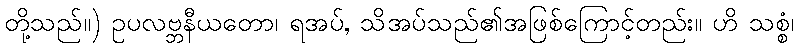
တို့သည်။) ဥပလဗ္ဘနီယတော၊ ရအပ်, သိအပ်သည်၏အဖြစ်ကြောင့်တည်း။ ဟိ သစ္စံ၊